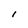
Character: l